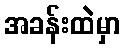
အခန်းထဲမှာ